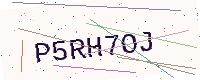
Text: P5RH7OJ